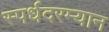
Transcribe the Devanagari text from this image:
स्पर्धदरम्यान